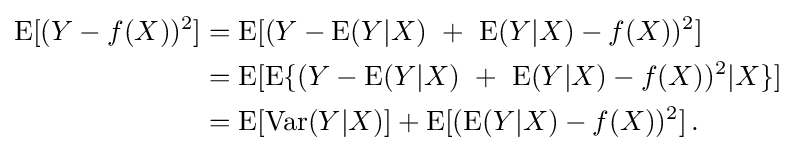
{\begin{aligned}\operatorname {E} [(Y-f(X))^{2}]&=\operatorname {E} [(Y-\operatorname {E} (Y|X)\,\,+\,\,\operatorname {E} (Y|X)-f(X))^{2}]\\&=\operatorname {E} [\operatorname {E} \{(Y-\operatorname {E} (Y|X)\,\,+\,\,\operatorname {E} (Y|X)-f(X))^{2}|X\}]\\&=\operatorname {E} [\operatorname {Var} (Y|X)]+\operatorname {E} [(\operatorname {E} (Y|X)-f(X))^{2}]\,.\end{aligned}}